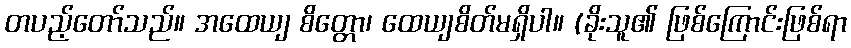
တပည့်တော်သည်။ အထေယျ စိတ္တော၊ ထေယျစိတ်မရှိပါ။ (ခိုးသူ၏ ဖြစ်ကြောင်းဖြစ်ရာ